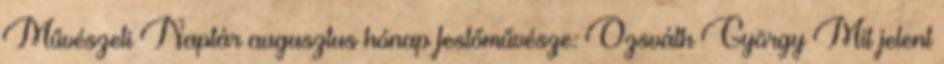
Művészeti Naptár augusztus hónap festőművésze: Ozsváth György Mit jelent